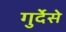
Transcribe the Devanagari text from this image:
गुर्देसे